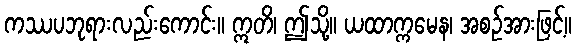
ကဿပဘုရားလည်းကောင်း။ ဣတိ၊ ဤသို့။ ယထာက္ကမေန၊ အစဉ်အားဖြင့်။